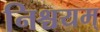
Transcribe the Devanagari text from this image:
निश्चयम्